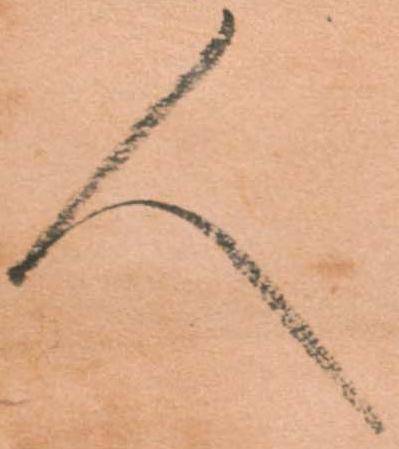
人